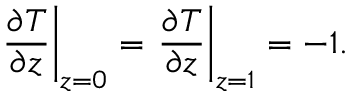
\left. \frac { \partial T } { \partial z } \right| _ { z = 0 } = \left. \frac { \partial T } { \partial z } \right| _ { z = 1 } = - 1 .